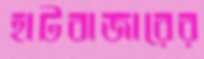
হাটবাজারের